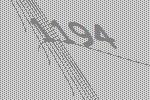
1194